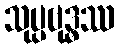
သုပ္ပဗုဒ္ဓဿ